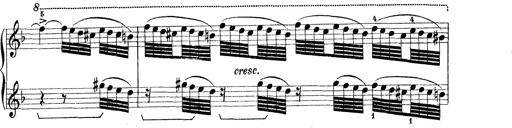
Title: Rapsodie: 19 ungheresi, 1 spagnuola
Composer: Franz Liszt